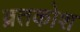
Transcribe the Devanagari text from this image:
व्रतकोश